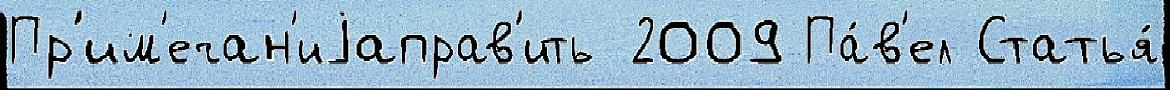
Пр'им'ечан'иjаправ'ить 2009 Па́в'ел Статья́